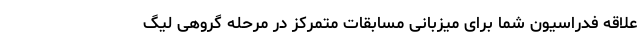
علاقه فدراسیون شما برای میزبانی مسابقات متمرکز در مرحله گروهی لیگ